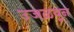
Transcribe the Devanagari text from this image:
उजळवून